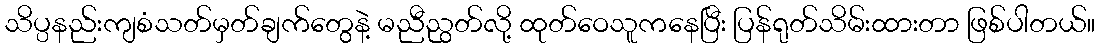
သိပ္ပနည်းကျစံသတ်မှတ်ချက်တွေနဲ့ မညီညွတ်လို့ ထုတ်ဝေသူကနေပြီး ပြန်ရုတ်သိမ်းထားတာ ဖြစ်ပါတယ်။